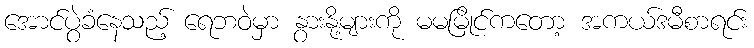
အောင်ပွဲခံနေသည့် ရေဘဝဲမှာ နွားနို့များကို မမမြိုင်ကတော့ အကယ်ဒမီစာရင်း